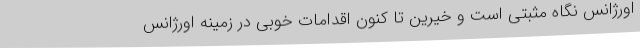
اورژانس نگاه مثبتی است و خیرین تا کنون اقدامات خوبی در زمینه اورژانس